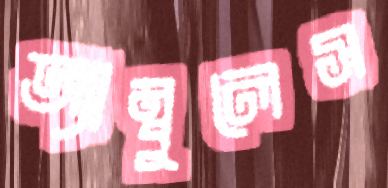
অ্যাম্বুলেস